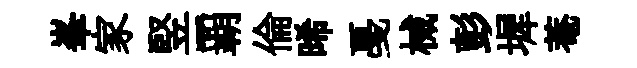
峯家竪覇倫晞戞械彭墀菴